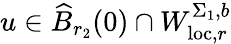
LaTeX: u\in\widehat{B}_{r_{2}}(0)\cap W_{\mathrm{loc},r}^{\Sigma_{1},b}